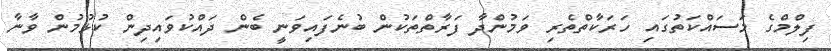
ފިލްމްގެ މަސައްކަތުގައި ހަރަކާތްތެރި ވަމުންދާ ފަރާތްތަކުން ބުނެފައިވަނީ ބެން ދައްކުވަައިދިން ކުޅުމުން ވާނާ